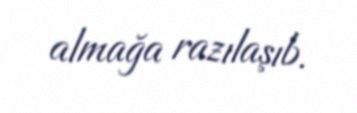
almağa razılaşıb.